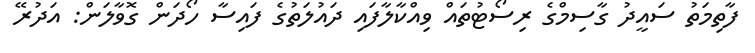
ފާތިމަތު ސައީދު ގާސިމްގެ ރިސޯޓުތައް ވިއްކާލާފައި ދައުލަތުގެ ފައިސާ ހޯދަން ގޮވާލަން: އަދުރޭ